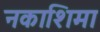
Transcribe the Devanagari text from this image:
नकाशिमा